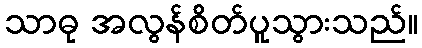
သာဓု အလွန်စိတ်ပူသွားသည်။